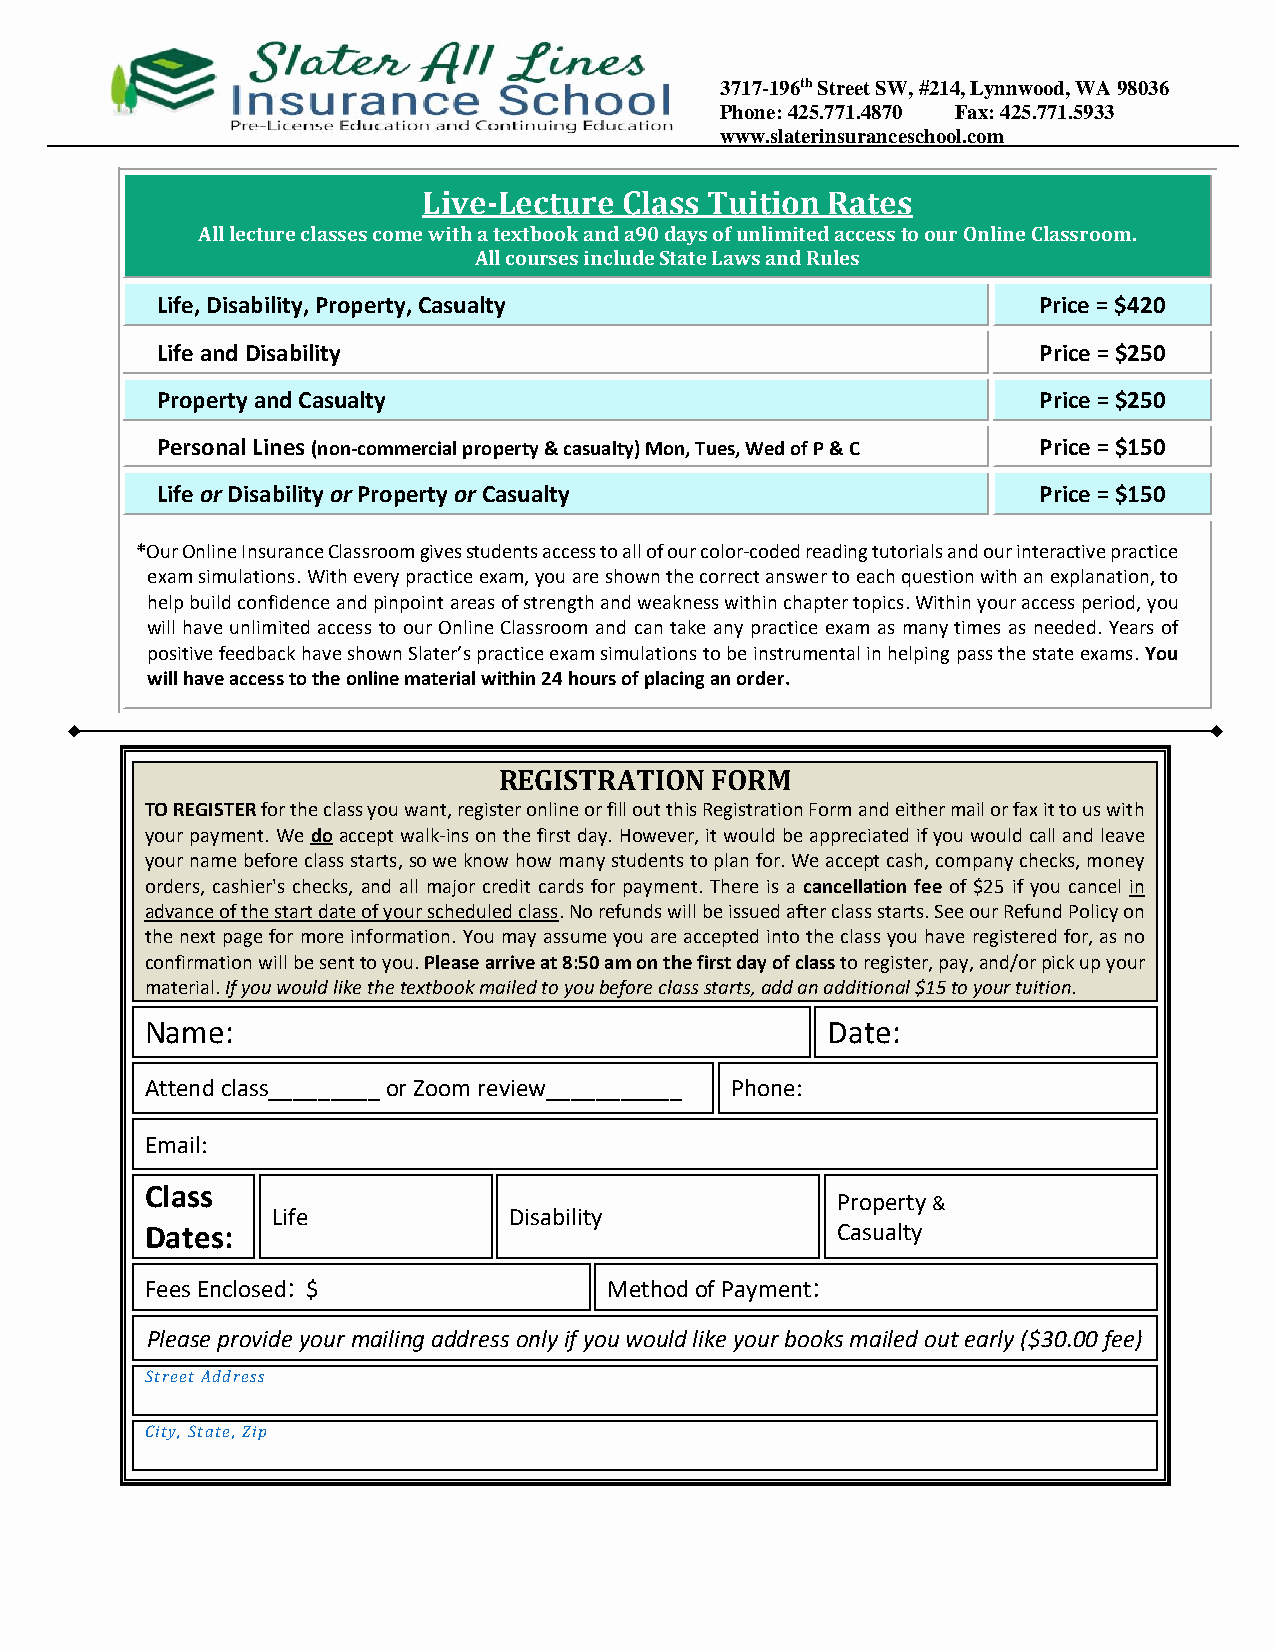
3717-196th Street SW, #214, Lynnwood, WA 98036
 Phone: 425.771.4870 Fax: 425.771.5933
 www.slaterinsuranceschool.com
 Live-Lecture Class Tuition Rates
 All lecture classes come with a textbook and a90 days of unlimited access to our Online Classroom.
 All courses include State Laws and Rules
 Life, Disability, Property, Casualty                       Price = $420
 Life and Disability                                        Price = $250
 Property and Casualty                                      Price = $250
 Personal Lines (non-commercial property & casualty) Mon, Tues, Wed of P & C Price = $150
 Life or Disability or Property or Casualty                 Price = $150
 *Our Online Insurance Classroom gives students access to all of our color-coded reading tutorials and our interactive practice
 exam simulations. With every practice exam, you are shown the correct answer to each question with an explanation, to
 help build confidence and pinpoint areas of strength and weakness within chapter topics. Within your access period, you
 will have unlimited access to our Online Classroom and can take any practice exam as many times as needed. Years of
 positive feedback have shown Slater’s practice exam simulations to be instrumental in helping pass the state exams. You
 will have access to the online material within 24 hours of placing an order.
 REGISTRATION  FORM
 TO REGISTER for the class you want, register online or fill out this Registration Form and either mail or fax it to us with
 your payment. We do accept walk-ins on the first day. However, it would be appreciated if you would call and leave
 your name before class starts, so we know how many students to plan for. We accept cash, company checks, money
 orders, cashier's checks, and all major credit cards for payment. There is a cancellation fee of $25 if you cancel in
 advance of the start date of your scheduled class. No refunds will be issued after class starts. See our Refund Policy on
 the next page for more information. You may assume you are accepted into the class you have registered for, as no
 confirmation will be sent to you. Please arrive at 8:50 am on the first day of class to register, pay, and/or pick up your
 material. If you would like the textbook mailed to you before class starts, add an additional $15 to your tuition.
 Name:                                        Date:
 Attend class_________ or Zoom review___________ Phone:
 Email:
 Class
 Property &
 Life            Disability
 Dates:                                       Casualty
 Fees Enclosed: $              Method of Payment:
 Please provide your mailing address only if you would like your books mailed out early ($30.00 fee)
 Street Address
 City, State, Zip